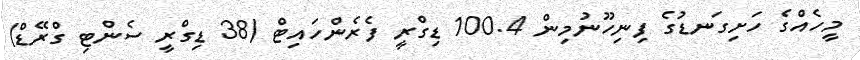
މީހެއްގެ ހަށިގަނޑުގެ ފިނިހޫނުމިން 100.4 ޑިގްރީ ފެރެންހައިޓް (38 ޑިގްރީ ސެންޓި ގްރޭޑް)